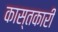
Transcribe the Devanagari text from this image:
कास्तकारी